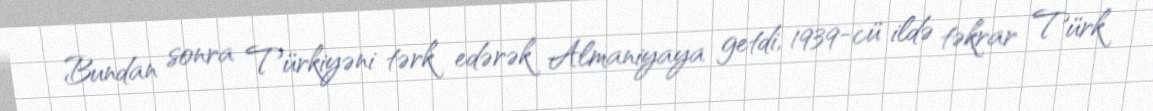
Bundan sonra Türkiyəni tərk edərək Almaniyaya getdi, 1939-cü ildə təkrar Türk